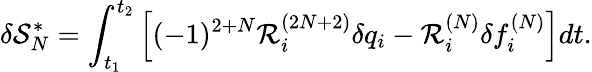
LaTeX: \delta\mathcal{S}_{N}^{*}=\int_{t_{1}}^{t_{2}}\left[(-1)^{2+N}\mathcal{R}_{i}^{(2N+2)}\delta{q}_{i}-\mathcal{R}_{i}^{(N)}\delta f_{i}^{(N)}\right]dt.